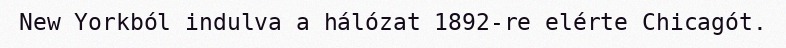
New Yorkból indulva a hálózat 1892-re elérte Chicagót.